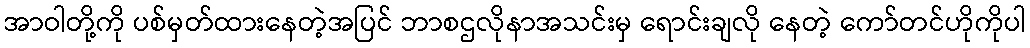
အာဝါတို့ကို ပစ်မှတ်ထားနေတဲ့အပြင် ဘာစဌလိုနာအသင်းမှ ရောင်းချလို နေတဲ့ ကော်တင်ဟိုကိုပါ